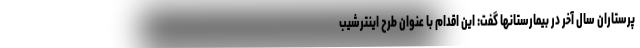
پرستاران سال آخر در بیمارستانها گفت: این اقدام با عنوان طرح اینترشیب